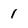
Character: 1